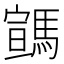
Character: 𩤡